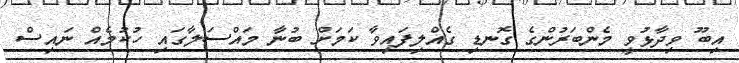
އިބޫ ވިދާޅުވީ މެންބަރުންގެ ގޮނޑި ގެއްލިފައިވާ ކަމަށް ބުނާ މައްސަލާގައި ހުކުމެއް ނައިސް